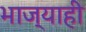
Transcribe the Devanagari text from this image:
भाज्याही